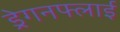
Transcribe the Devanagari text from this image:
ड्रेगनफ्लाई